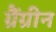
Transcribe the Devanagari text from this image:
ग्रैंग्रीन